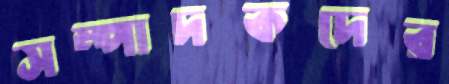
সম্পাদকদের